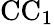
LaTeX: \mathrm{CC_{1}}